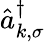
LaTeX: \hat{a}_{k,\sigma}^{\dagger}